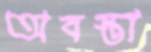
অবস্তা